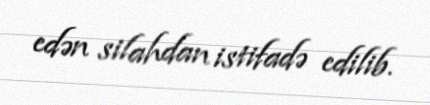
edən silahdan istifadə edilib.